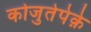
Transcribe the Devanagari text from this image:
कोजुतेपेक़े